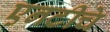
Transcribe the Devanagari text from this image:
एनटीचे